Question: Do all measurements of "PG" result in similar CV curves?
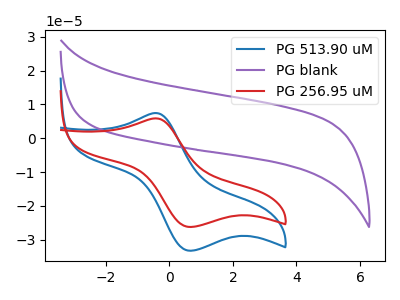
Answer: <think>The blue curve "PG 513.90 uM" has an anodic peak at (-0.40V, 7.45uA) and a cathodic peak at (0.70V, -33.25uA). The purple curve "PG blank" has no peaks. The red curve "PG 256.95 uM" has an anodic peak at (-0.40V, 5.90uA) and a cathodic peak at (0.70V, -26.20uA).
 "PG 513.90 uM" and "PG blank" have a different number of peaks. All the peaks in "PG 513.90 uM" have a peak in "PG 256.95 uM" at the same potential. Every peak in "PG 513.90 uM" is higher than every peak in "PG 256.95 uM". "PG blank" and "PG 256.95 uM" have a different number of peaks.</think>
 <answer>All the CV's of "PG" have similar shape.</answer>
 <eval>follow_rule</eval>